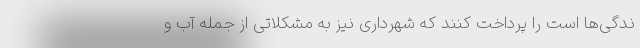
ندگی‌ها است را پرداخت کنند که شهرداری نیز به مشکلاتی از جمله آب و